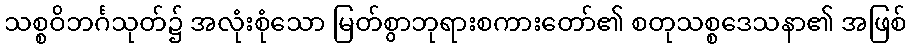
သစ္စဝိဘင်္ဂသုတ်၌ အလုံးစုံသော မြတ်စွာဘုရားစကားတော်၏ စတုသစ္စဒေသနာ၏ အဖြစ်